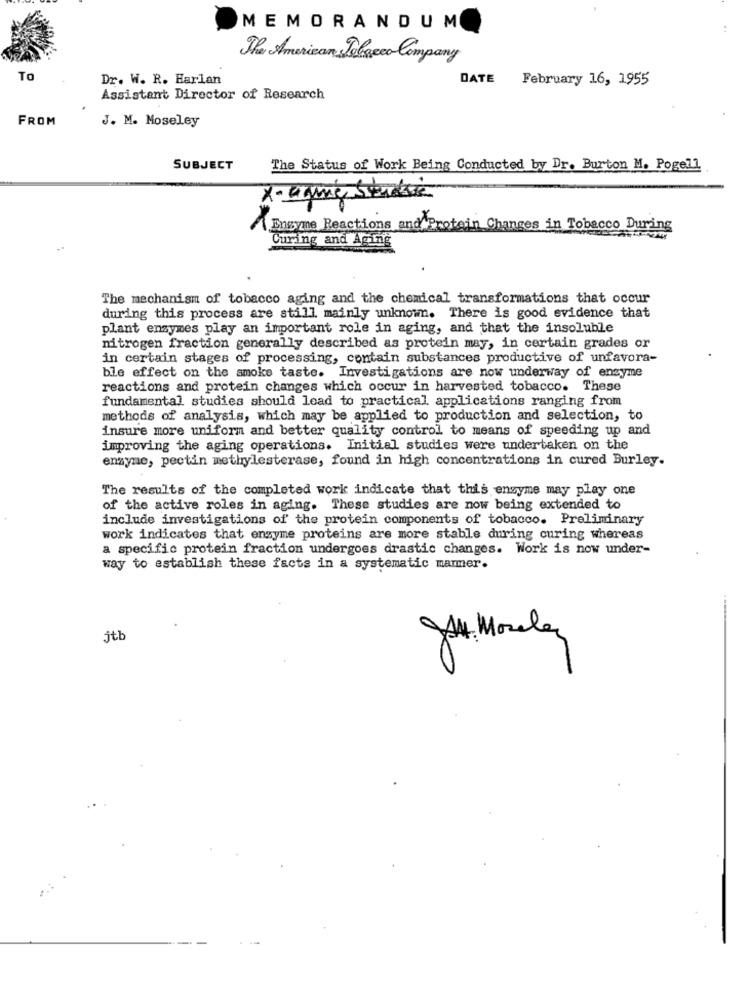
MEMORANDUM
The American Tobacco Company
TO
Dr. W. R. Harlan
DATE February 16, 1955
Assistant Director of Research
FROM
J. M. Moseley
SUBJECT
The Status of Work Being Conducted by Dr. Burton M. Pogell
X- aging Studere
Engyme Reactions and P
in Changes in Tobacco During
Curing and Aging
The mechanism of tobacco aging and the chemical transformations that occur
during this process are still mainly unknown. There is good evidence that
plant enzymes play an important role in aging, and that the insoluble
nitrogen fraction generally described as protein may, in certain grades or
in certain stages of processing, contain substances productive of unfavora-
ble effect on the smoke taste. Investigations are now underway of enzyme
reactions and protein changes which occur in harvested tobacco. These
fundamental studies should lead to practical applications ranging from
methods of analysis, which may be applied to production and selection, to
insure more uniform and better quality control to means of speeding up and
improving the aging operations. Initial studies were undertaken on the
enzyme, pectin methylesterase, found in high concentrations in cured Burley.
The results of the completed work indicate that this enzyme may play one
of the active roles in aging. These studies are now being extended to
include investigations of the protein components of tobacco. Preliminary
work indicates that enzyme proteins are more stable during curing whereas
a specific protein fraction undergoes drastic changes. Work is now under-
way to establish these facts in a systematic marmer.
jtb
JA. Moseley